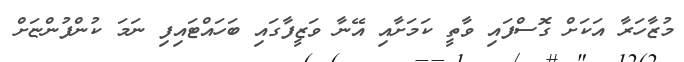
މުޒާހަރާ އަކަށް ގޮސްފައި ވާތީ ކަމަށާއި އޭނާ ވަޒީފާގައި ބަހައްޓައިފި ނަމަ ކުންފުންޏަށް